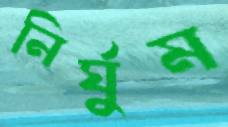
নির্ঘুম